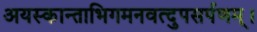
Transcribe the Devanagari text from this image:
अयस्कान्ताभिगमनवत्दुपसर्पणम्।